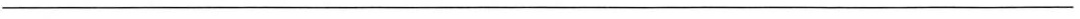
____